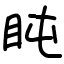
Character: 盹